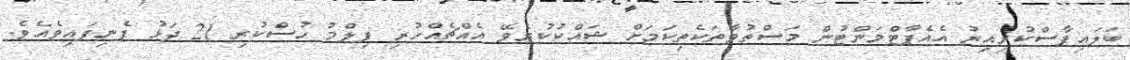
ބަލައިފާސްކުރިއިރު އެއެޕާޓްމަންޓުން މަސްތުވާތަކެތިކަމަށް ޝައްކުކުރެވޭ އެއްޗެއްހުރި ފިލްމު ހުސްކުރި 21 ދަޅު ފެނިފައިވެއެވެ.